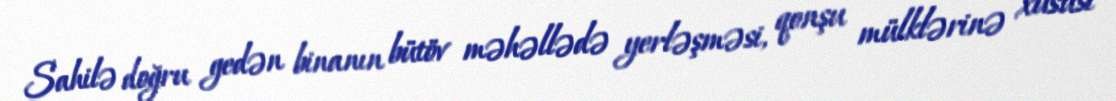
Sahilə doğru gedən binanın bütöv məhəllədə yerləşməsi, qonşu mülklərinə xüsusi